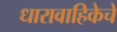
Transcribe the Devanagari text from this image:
धारावाहिकेचे